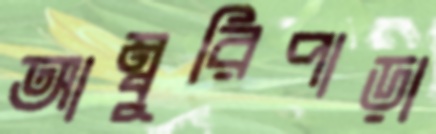
আম্বুরিপাড়া